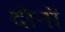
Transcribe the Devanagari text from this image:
दोनों